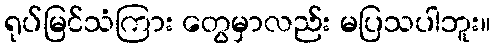
ရုပ်မြင်သံကြား တွေမှာလည်း မပြသပါဘူး။